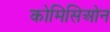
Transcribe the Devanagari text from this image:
कोमिसिओन